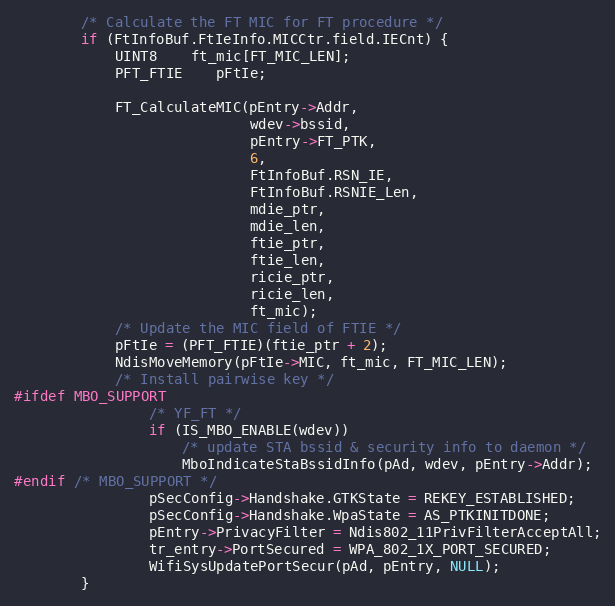
Language: C
		/* Calculate the FT MIC for FT procedure */
		if (FtInfoBuf.FtIeInfo.MICCtr.field.IECnt) {
			UINT8	ft_mic[FT_MIC_LEN];
			PFT_FTIE	pFtIe;

			FT_CalculateMIC(pEntry->Addr,
							wdev->bssid,
							pEntry->FT_PTK,
							6,
							FtInfoBuf.RSN_IE,
							FtInfoBuf.RSNIE_Len,
							mdie_ptr,
							mdie_len,
							ftie_ptr,
							ftie_len,
							ricie_ptr,
							ricie_len,
							ft_mic);
			/* Update the MIC field of FTIE */
			pFtIe = (PFT_FTIE)(ftie_ptr + 2);
			NdisMoveMemory(pFtIe->MIC, ft_mic, FT_MIC_LEN);
			/* Install pairwise key */
#ifdef MBO_SUPPORT
				/* YF_FT */
				if (IS_MBO_ENABLE(wdev))
					/* update STA bssid & security info to daemon */
					MboIndicateStaBssidInfo(pAd, wdev, pEntry->Addr);
#endif /* MBO_SUPPORT */
				pSecConfig->Handshake.GTKState = REKEY_ESTABLISHED;
				pSecConfig->Handshake.WpaState = AS_PTKINITDONE;
				pEntry->PrivacyFilter = Ndis802_11PrivFilterAcceptAll;
				tr_entry->PortSecured = WPA_802_1X_PORT_SECURED;
				WifiSysUpdatePortSecur(pAd, pEntry, NULL);
		}